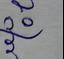
Signature authenticity: forged